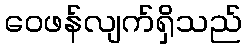
ဝေဖန်လျက်ရှိသည်